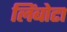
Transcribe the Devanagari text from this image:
लिंबोटा